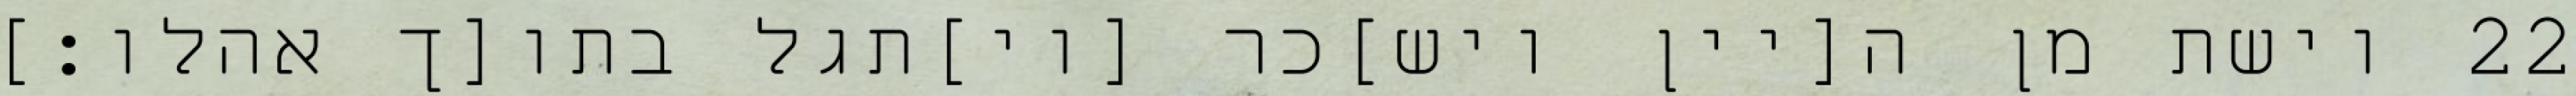
וישת מן ה[יין ויש]כר [וי]תגל בתו[ך אהלו׃] ‎22‏